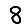
Digit: 8